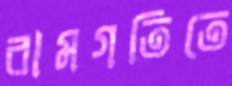
রামগতিতে